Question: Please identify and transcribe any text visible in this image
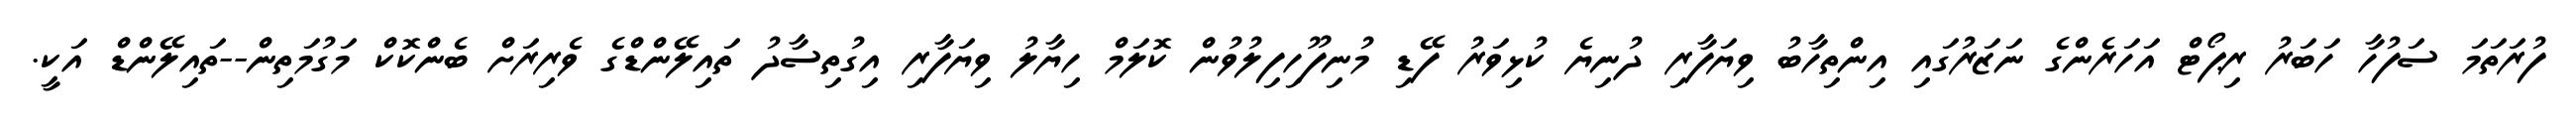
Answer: ފުރަތަމަ ސަފުހާ ހަބަރު ރިޕޯޓް އަހަރެންގެ ނަޒަރުގައި އިންތިހާބު ވިޔަފާރި ދުނިޔެ ކުޅިވަރު ފޭޑި މުނިފޫހިފިލުވުން ކޮލަމް ހިޔާލު ވިޔަފާރި އިގުތިސާދު ތައިލޭންޑްގެ ވެރިރަށް ބެންކޮކް މަގުމަތިން--ތައިލޭންޑް އަކީ.